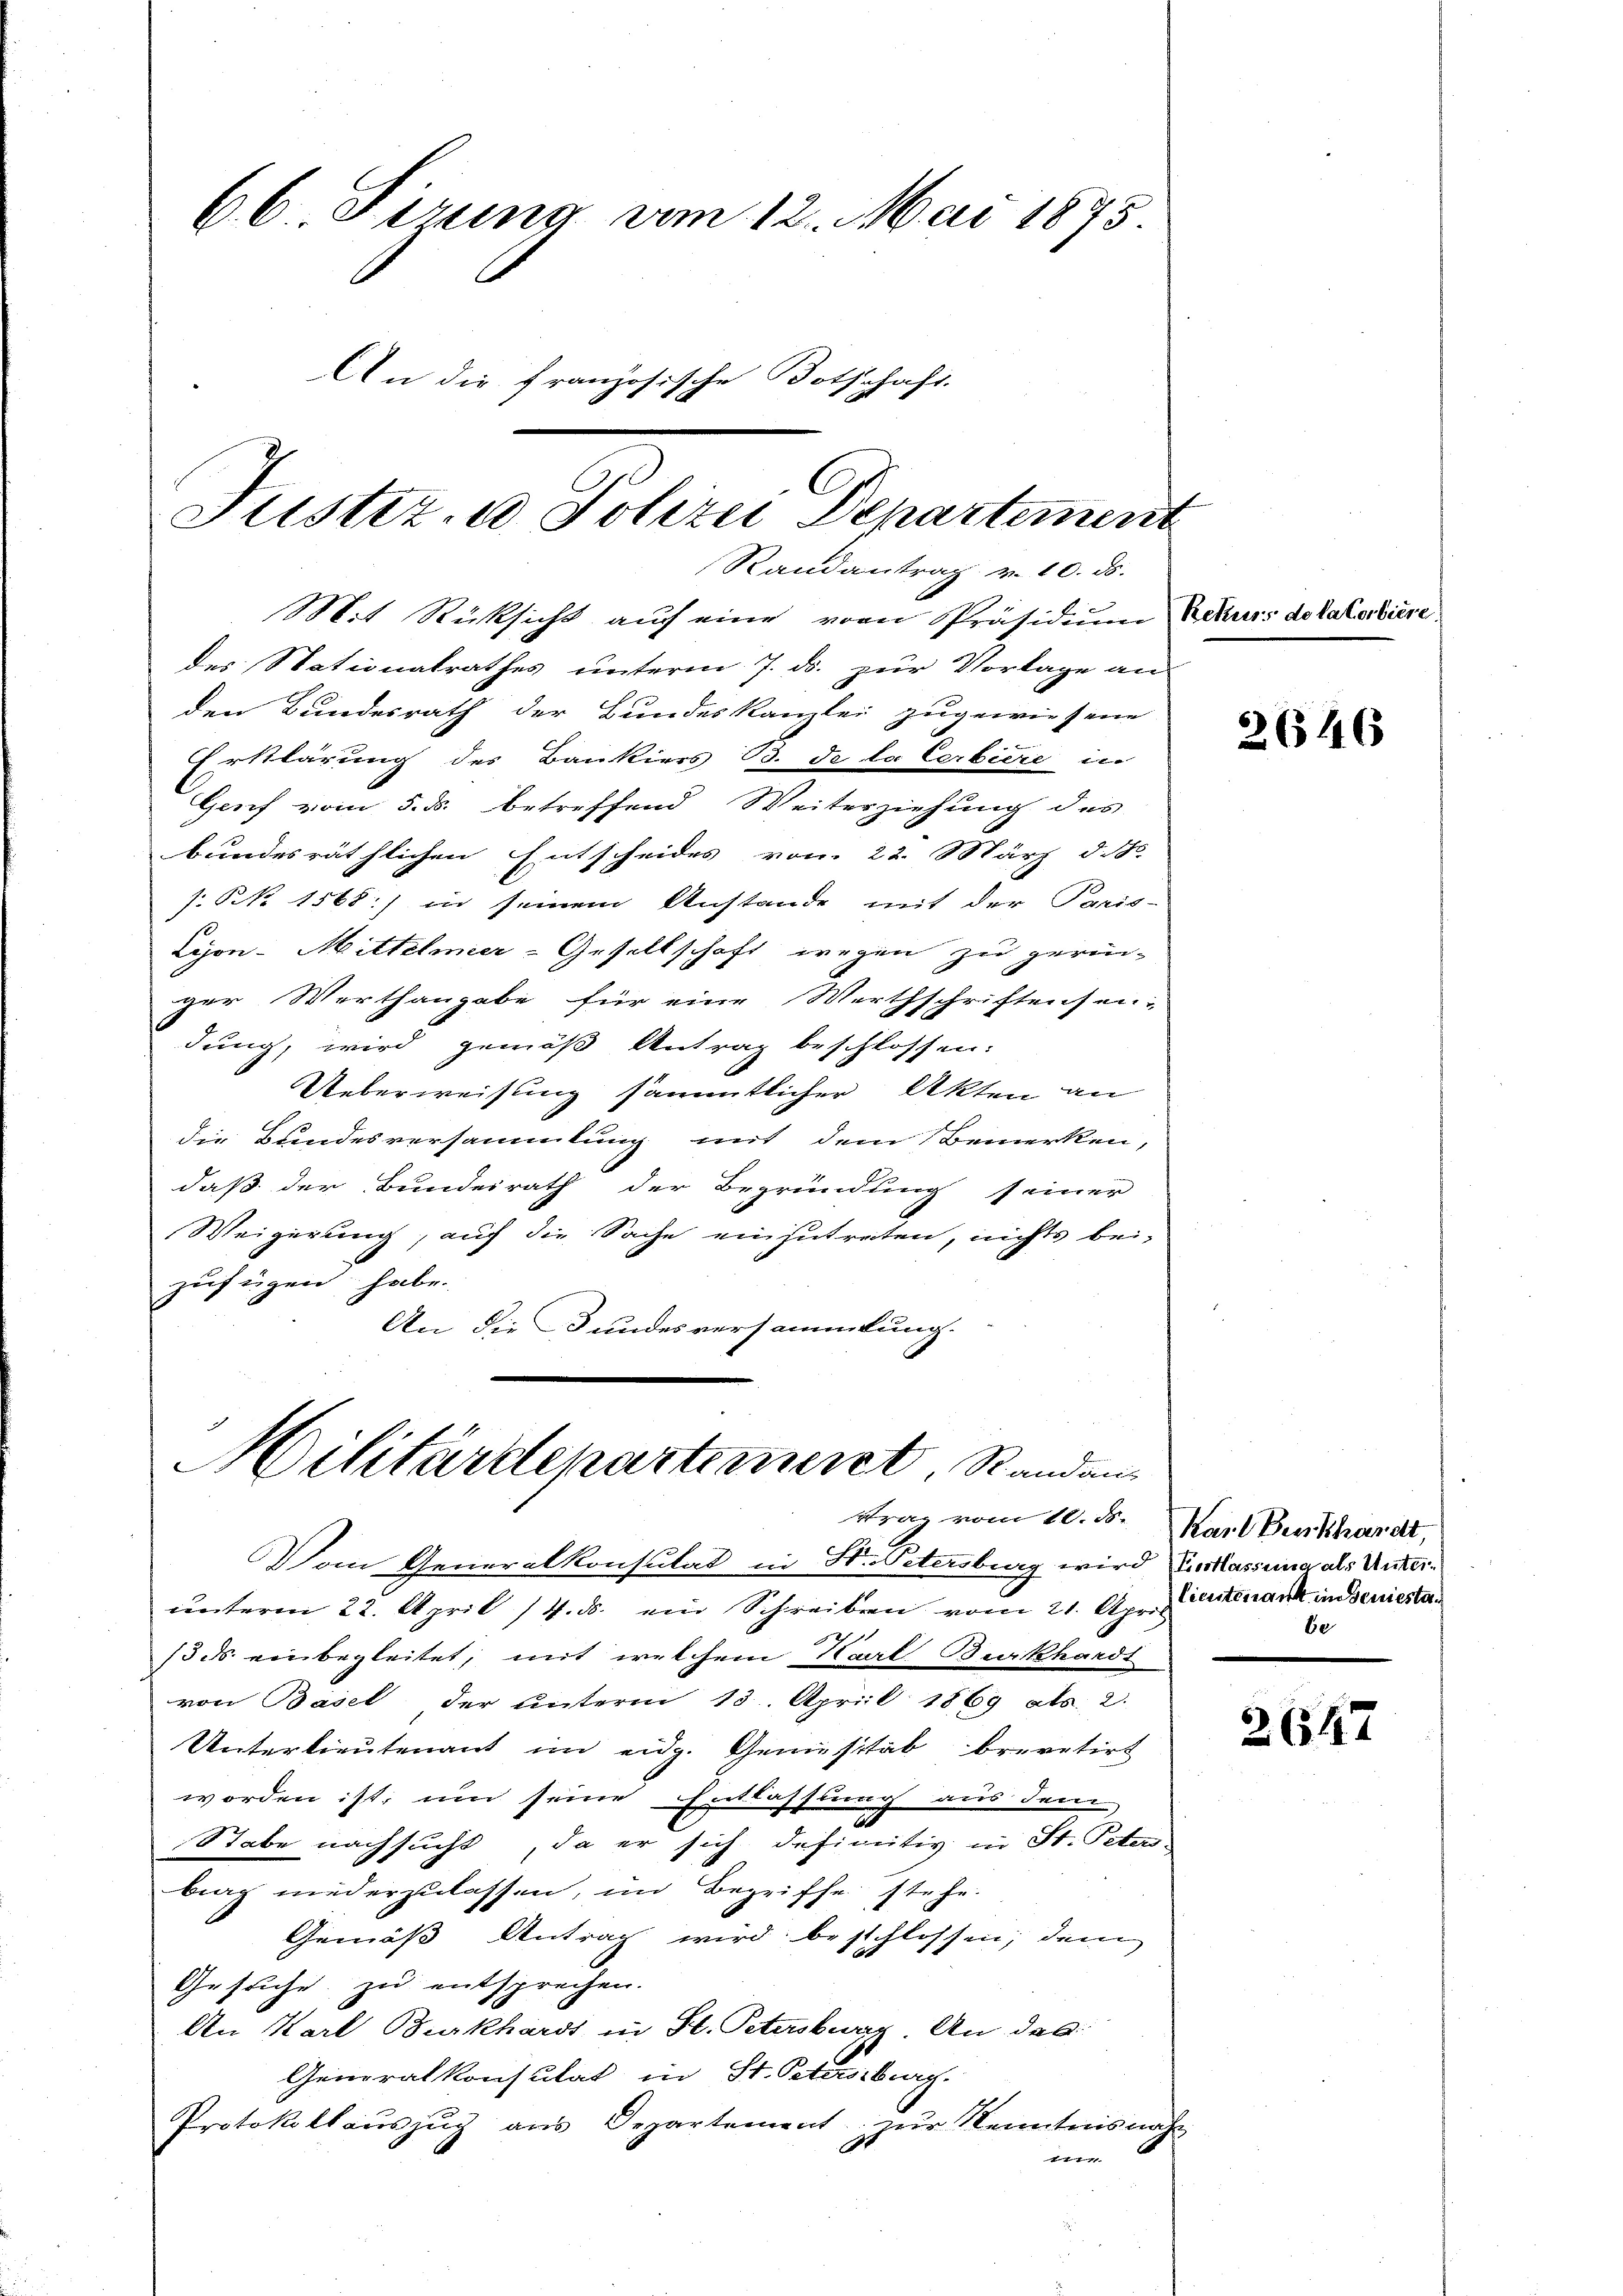
Mit Rücksicht auf eine von Präsidium Rekurs dotalerliere.
des Stationalrathes unterm 7. ds. zur Vorlage an
den Bundesrath der Bundeskanzlei zugewiesene
Erklärung des Bankiers B. de la Cerbiere in
Genf vom 5. ds. betreffend Weiterziehung des
bundesräthlichen Entscheides von 22. März d. J.
s. Nr. 1568) in seinem Anstande mit der Paris-
Lyon-Mittelmeer-Gesellschaft wegen zu gerin-
ger Werthangabe für eine Werthschriftensendung, wird gemäß Antrag beschlossen:
Ueberweisung sämmtlicher Akten an
die Bundesversammlung mit dem Bemerken,
daß der Bundeirath der Begründung seiner
Weigerung, auf die Sache einzutreten, nichts bei-
zufügen habe.
An die Bundesversammlung.

66 Firung vom 12. Mai 1875
An die französische Botschaft

Justiz- u Polizei Departement
Randantrag v. 10. ds.

Militärdepartement Randan
trag vom 10. d. Karl Burkhardt,

Vom Generalkonsulat in Hr. Petersburg wird Entlassung als Unterunterm 22. April 14. ds. ein Schreiben vom 21. April
/3 ds. einbegleitet, mit welchem Karl Burkhardt
von Basel, der unterm 13. April 1869 als 2.
Unterlieutenant im eidg. Geniesstab brevetirt
worden ist, um seine Entlassung aus deren
.
Stabe nachsucht, da er sich definitiv in St. Peter-
brag niederzulassen, im Begriffe stehe.
Gemäß Antrag wird beschlossen; dem
Gesuche zu entsprechen.
An Karl Burkhardt in St. Petersburg An das
Generalkonsulat in St. Petenburg.
Protokollauszug aus Departement zur Kenntnisnah
t

2646

lieutenant inseniestabe

2647